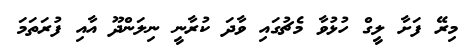
މިރޭ ފަށާ ލީިގް ހުޅުވާ މެޗުގައި ވާދަ ކުރާނީ ނިލަންދޫ އާއި ފުރަތަމަ